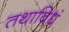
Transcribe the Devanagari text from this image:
तथाविधं